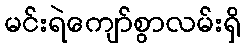
မင်းရဲကျော်စွာလမ်းရှိ